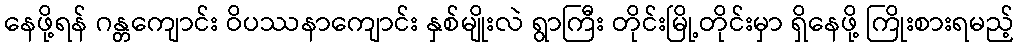
နေဖို့ရန် ဂန္တကျောင်း ဝိပဿနာကျောင်း နှစ်မျိုးလဲ ရွာကြီး တိုင်းမြို့တိုင်းမှာ ရှိနေဖို့ ကြိုးစားရမည့်